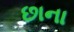
છાના